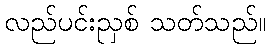
လည်ပင်းညှစ် သတ်သည်။